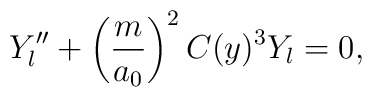
Y''_l+\left(\frac{m}{a_0}\right)^2 C(y)^3 Y_l = 0,